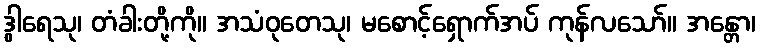
ဒွါရေသု၊ တံခါးတို့ကို။ အသံဝုတေသု၊ မစောင့်ရှောက်အပ် ကုန်လသော်။ အန္တော၊